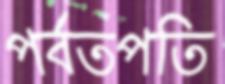
পর্বতপতি